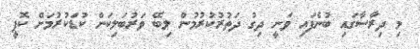
މި ދިރާސާގައި ބުނެފައި ވަނީ ދިގު ދަތުރުކުރުމުން ލިބޭ ވަރުބަލިކަން ކުޑަކުރުމަށް ކޮފީ